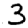
Digit: 3